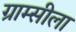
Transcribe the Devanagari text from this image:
ग्राम्सीला